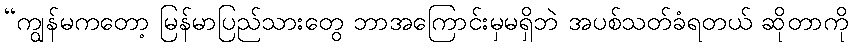
“ကျွန်မကတော့ မြန်မာပြည်သားတွေ ဘာအကြောင်းမှမရှိဘဲ အပစ်သတ်ခံရတယ် ဆိုတာကို